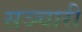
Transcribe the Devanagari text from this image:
सञ्चारी